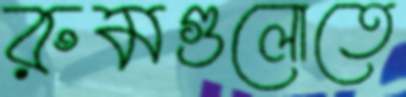
রুমগুলোতে